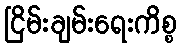
ငြိမ်းချမ်းရေးကိစ္စ